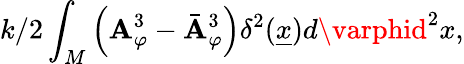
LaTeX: {k/2}\int_{M}\left(\mathbf{A}_{\varphi}^{3}-\bar{{\mathbf{A}}}_{\varphi}^{3}\right)\delta^{2}(\underline{{{{x}}}})d\varphid^{2}x,